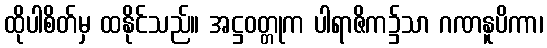
ထိုပါစိတ်မှ ထနိုင်သည်။ အဋ္ဌဝတ္တုက ပါရာဇိက၌သာ ဂဏနူပိကာ၊